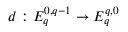
d : E _ { q } ^ { 0 , q - 1 } \to E _ { q } ^ { q , 0 }